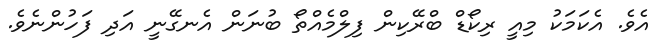
އެވެ. އެކަމަކު މިއީ ރިކޯޑް ބްރޭކިން ފިލްމެއްތޯ ބުނަން އެނގޭނީ އަދި ފަހުންނެވެ.